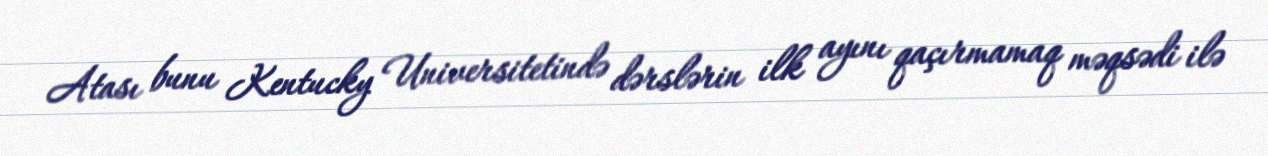
Atası bunu Kentucky Universitetində dərslərin ilk ayını qaçırmamaq məqsədi ilə